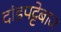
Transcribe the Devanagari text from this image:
दांडपट्टेबाज